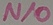
Text: N/O